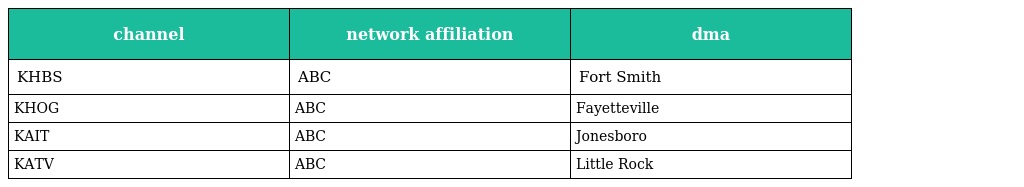
| channel | network affiliation | dma |
 | --- | --- | --- |
 | KHBS | ABC | Fort Smith |
 | KHOG | ABC | Fayetteville |
 | KAIT | ABC | Jonesboro |
 | KATV | ABC | Little Rock |